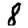
Digit: 8